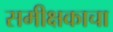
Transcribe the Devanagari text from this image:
समीक्षकाचा